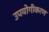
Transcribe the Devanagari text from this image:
उपयोगीकरण